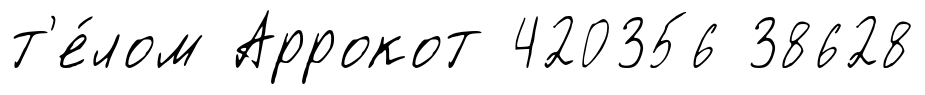
т'е́лом Аррокот 420356 38628